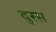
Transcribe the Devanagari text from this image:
दुस्स